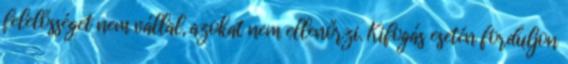
felelősséget nem vállal, azokat nem ellenőrzi. Kifogás esetén forduljon